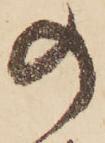
の